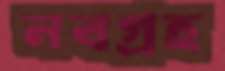
নবগ্রহ